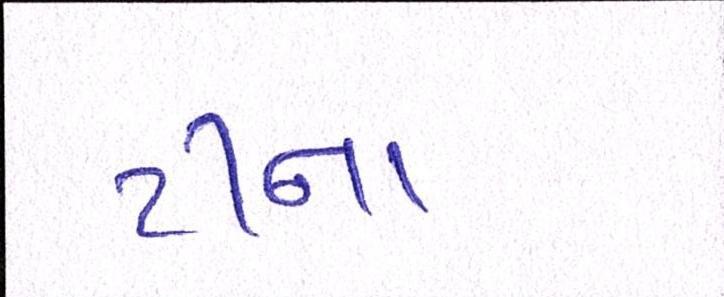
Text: ટીના